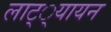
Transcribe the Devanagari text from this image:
लाट््यायन